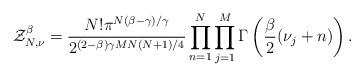
LaTeX: \begin{align*} {\cal Z}_{N,\nu}^{\beta}=\frac{N!\pi^{N(\beta-\gamma)/\gamma}}{2^{(2-\beta)\gamma MN(N+1)/4}}\prod_{n=1}^N\prod_{j=1}^M\Gamma\left(\frac{\beta}{2}(\nu_j+n)\right).\end{align*}